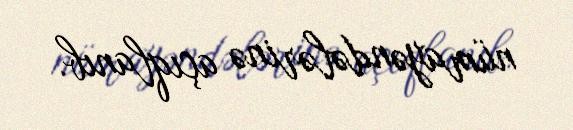
nümayəndələrinə açıqlanıb.